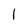
Character: 1